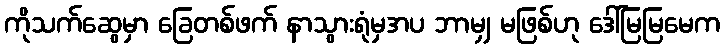
ကိုသက်ဆွေမှာ ခြေတစ်ဖက် နာသွားရုံမှအပ ဘာမျှ မဖြစ်ဟု ဒေါ်မြမြမေက